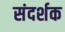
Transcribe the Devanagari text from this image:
संदर्शक